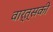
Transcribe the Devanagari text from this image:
वार्त्सकी